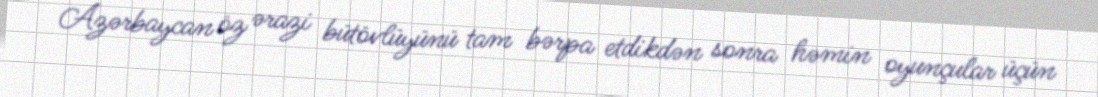
Azərbaycan öz ərazi bütövlüyünü tam bərpa etdikdən sonra həmin oyunçular üçün